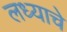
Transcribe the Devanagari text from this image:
लध्याचे